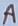
Text: A